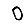
Digit: 0